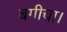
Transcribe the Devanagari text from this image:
बगीचा।